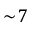
\sim \! 7